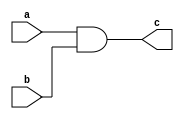
module g_and(input wire a,b,output wire c);
    assign c=a&b;
endmodule

module g_or(input wire a,b,output wire c);
    assign c=a|b;
endmodule

module g_nand(input wire a,b,output wire c);
    assign c=~(a&b);
endmodule

module g_nor(input wire a,b,output wire c);
    assign c=~(a|b);
endmodule

module g_xor(input wire a,b,output wire c);
    assign c=(a&(~b))|((~a)&b);
endmodule

module g_xnor(input wire a,b,output wire c);
    assign c=((~a)&(~b))|(a&b);
endmodule

module g_not(input wire a,output wire b);
    assign b=~a;
endmodule